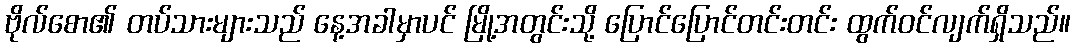
ဗိုလ်စော၏ တပ်သားများသည် နေ့အခါမှာပင် မြို့အတွင်းသို့ ပြောင်ပြောင်တင်းတင်း ထွက်ဝင်လျက်ရှိသည်။